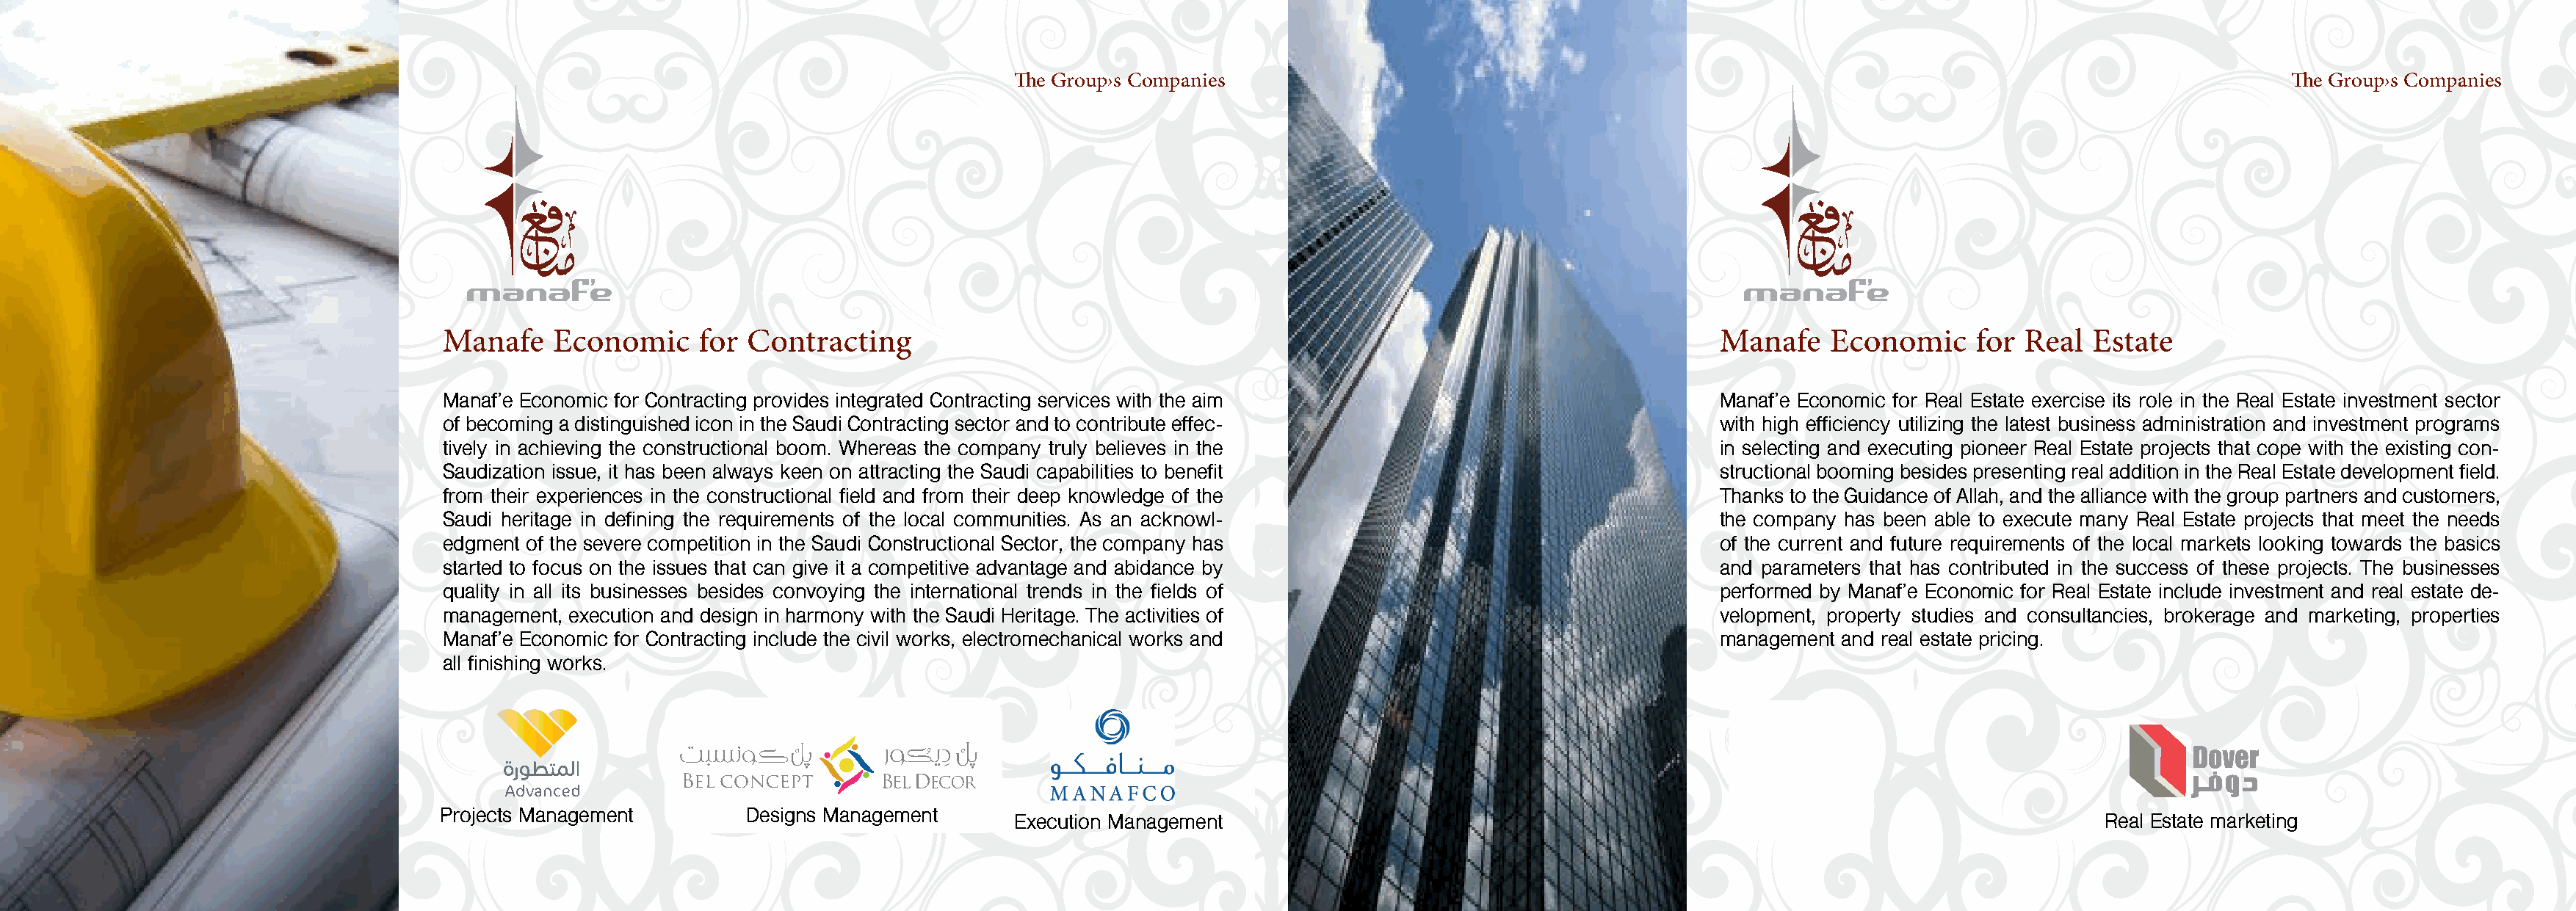
The Group›s Companies                                                                                               The Group›s Companies
 Manafe    Economic     for Contracting                                                                             Manafe    Economic     for Real   Estate
 Manaf’e Economic for Contracting provides integrated Contracting services with the aim                             Manaf’e Economic for Real Estate exercise its role in the Real Estate investment sector
 of becoming a distinguished icon in the Saudi Contracting sector and to contribute effec-                          with high efficiency utilizing the latest business administration and investment programs
 tively in achieving the constructional boom. Whereas the company truly believes in the                             in selecting and executing pioneer Real Estate projects that cope with the existing con-
 Saudization issue, it has been always keen on attracting the Saudi capabilities to benefit                         structional booming besides presenting real addition in the Real Estate development field.
 from their experiences in the constructional field and from their deep knowledge of the                            Thanks to the Guidance of Allah, and the alliance with the group partners and customers,
 Saudi heritage in defining the requirements of the local communities. As an acknowl-                               the company has been able to execute many Real Estate projects that meet the needs
 edgment of the severe competition in the Saudi Constructional Sector, the company has                              of the current and future requirements of the local markets looking towards the basics
 started to focus on the issues that can give it a competitive advantage and abidance by                            and parameters that has contributed in the success of these projects. The businesses
 quality in all its businesses besides convoying the international trends in the fields of                          performed by Manaf’e Economic for Real Estate include investment and real estate de-
 management, execution and design in harmony with the Saudi Heritage. The activities of                             velopment, property studies and consultancies, brokerage and marketing, properties
 Manaf’e Economic for Contracting include the civil works, electromechanical works and                              management and real estate pricing.
 all finishing works.
 Projects Management        Designs Management
 Execution Management                                                                               Real Estate marketing